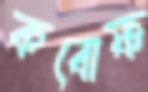
কবোষ্ণ